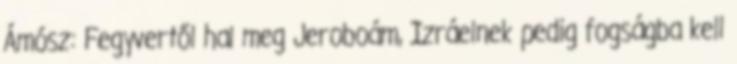
Ámósz: Fegyvertől hal meg Jeroboám, Izráelnek pedig fogságba kell